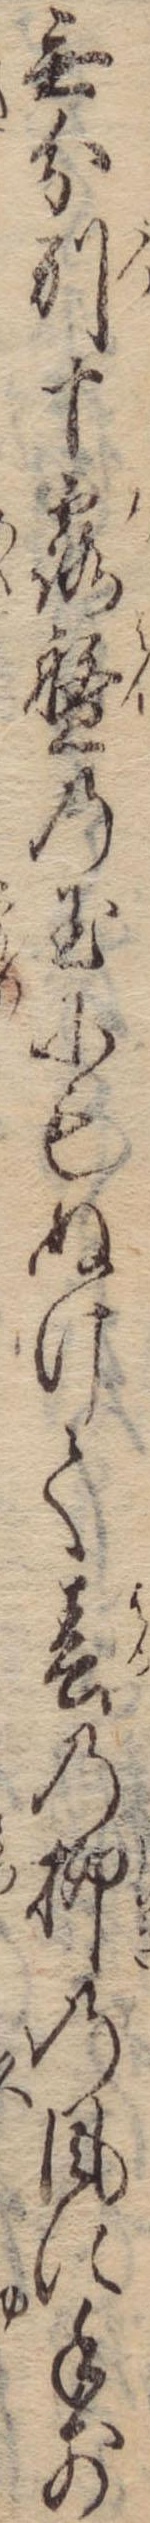
無分別十露盤の玉にもぬけて春の柳の風に手前